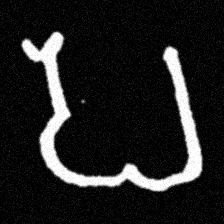
Pyu character \u2014 Myanmar letter: ပ (romanized: pa)